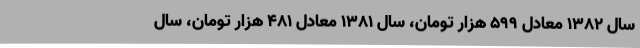
سال ۱۳۸۲ معادل ۵۹۹ هزار تومان، سال ۱۳۸۱ معادل ۴۸۱ هزار تومان، سال